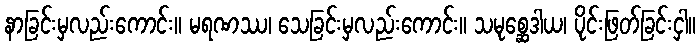
နာခြင်းမှလည်းကောင်း။ မရဏဿ၊ သေခြင်းမှလည်းကောင်း။ သမုစ္ဆေဒါယ၊ ပိုင်းဖြတ်ခြင်းငှါ။